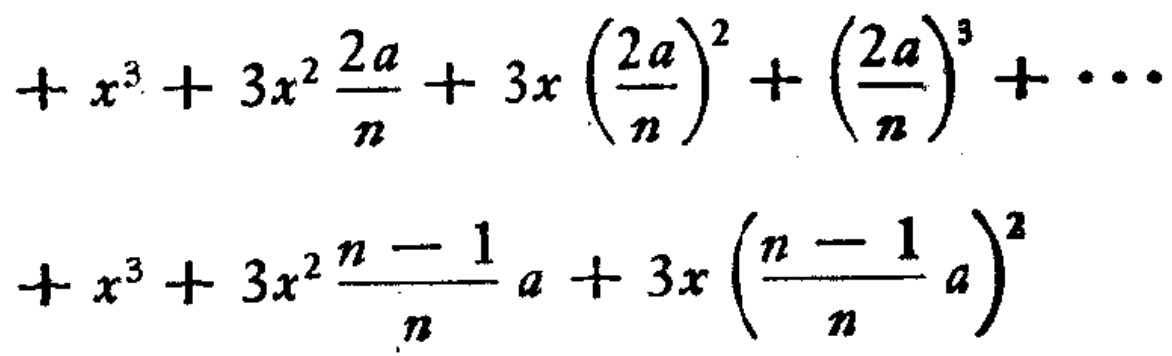
\[
\begin{align*}
&+ x^{3}+3x^{2}\frac{2a}{n}+3x\left(\frac{2a}{n}\right)^{2}+\left(\frac{2a}{n}\right)^{3}+\cdots\\
&+ x^{3}+3x^{2}\frac{n - 1}{n}a+3x\left(\frac{n - 1}{n}a\right)^{2}
\end{align*}
\]